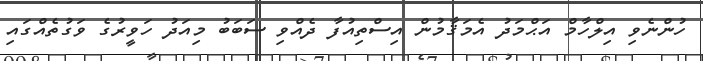
ހުންނެވި އިލްހާމް އަޙްމަދު އެމަޤާމުން އިސްތިއުފާ ދެއްވި ސަބަބު މިއަދު ހަވީރުގެ ވަގުތެއްގައި